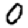
Digit: 0